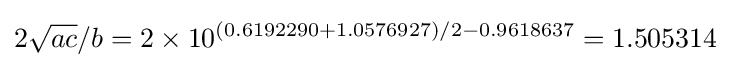
2{\sqrt {ac}}/b=2\times 10^{(0.6192290+1.0576927)/2-0.9618637}=1.505314